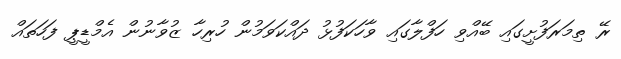
ރޭ ތިމަރަފުށީގައި ބޭއްވި ހަފްލާގައި ވާހަކަފުޅު ދައްކަވަމުން ހުރިހާ ޒުވާނުން އެމްޑީޕީ ފަހަތައް